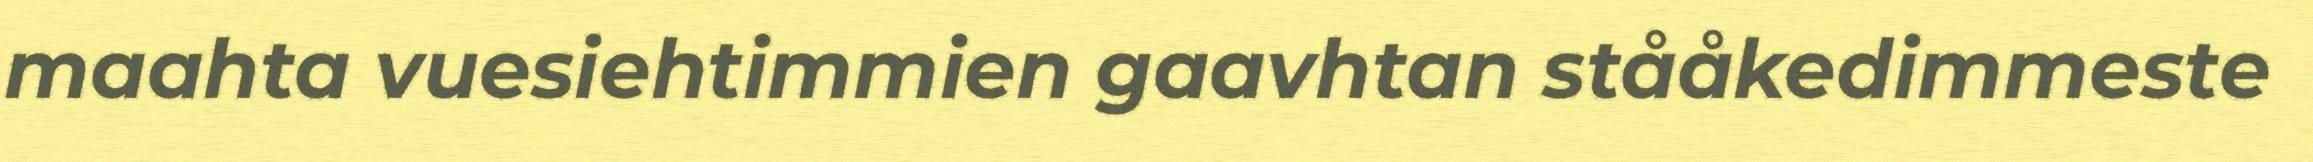
maahta vuesiehtimmien gaavhtan stååkedimmeste